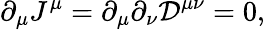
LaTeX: \partial_{\mu}J^{\mu}=\partial_{\mu}\partial_{\nu}{\mathcal{D}}^{\mu\nu}=0,